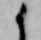
候